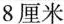
8厘米